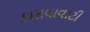
કાસલાવાટી